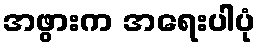
အဖွားက အရေးပါပုံ